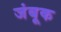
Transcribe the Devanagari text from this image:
जंबूक